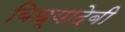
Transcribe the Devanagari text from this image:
बिध्यादेबी